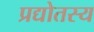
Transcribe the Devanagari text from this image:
प्रद्योतस्य